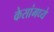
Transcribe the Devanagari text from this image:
केसांमध्ये